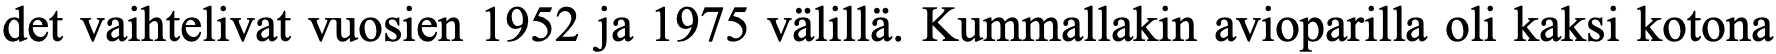
det vaihtelivat vuosien 1952 ja 1975 välillä. Kummallakin avioparilla oli kaksi kotona